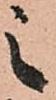
之